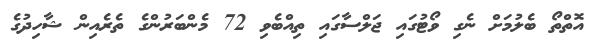
އޮތްތޯ ބެލުމަށް ނެގި ވޯޓުގައި ޖަލްސާގައި ތިއްބެވި 72 މެންބަރުންގެ ތެރެއިން ޝާހިދުގެ